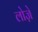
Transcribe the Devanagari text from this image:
लोज़े